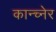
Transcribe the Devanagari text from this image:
कान्च्नेर